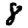
Digit: 8